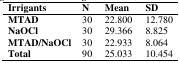
<table><thead><tr><td><b>Irrigants</b></td><td><b>N</b></td><td><b>Mean</b></td><td><b>SD</b></td></tr></thead><tbody><tr><td><b>MTAD</b></td><td>30</td><td>22.800</td><td>12.780</td></tr><tr><td><b>NaOCl</b></td><td>30</td><td>29.366</td><td>8.825</td></tr><tr><td><b>MTAD/NaOCl</b></td><td>30</td><td>22.933</td><td>8.064</td></tr><tr><td><b>Total</b></td><td>90</td><td>25.033</td><td>10.454</td></tr></tbody></table>